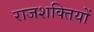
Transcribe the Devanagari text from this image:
राजशक्तियों